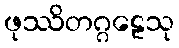
ဖုဿိတဂ္ဂဠေသု